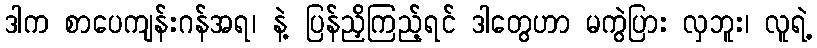
ဒါက စာပေကျန်းဂန်အရ၊ နဲ့ ပြန်ညှိကြည့်ရင် ဒါတွေဟာ မကွဲပြား လှဘူး၊ လူရဲ့